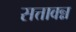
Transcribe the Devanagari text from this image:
सत्तावन्न